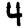
Digit: 4